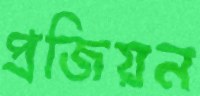
প্রজিয়ন